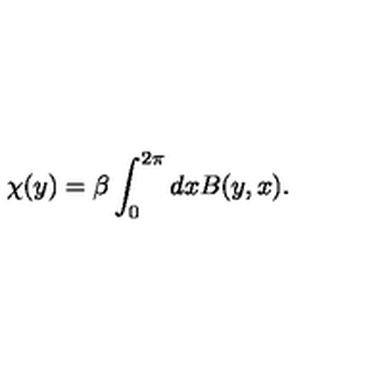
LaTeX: \chi ( y ) = \beta \int _ { 0 } ^ { 2 \pi } d x B ( y , x ) .